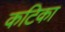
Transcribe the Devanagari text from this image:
कटिका